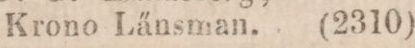
Krono Länsman.     (2310)